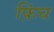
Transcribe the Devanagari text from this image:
फ़िंच